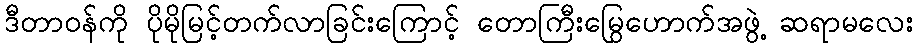
ဒီတာဝန်ကို ပိုမိုမြင့်တက်လာခြင်းကြောင့် တောကြီးမြွေဟောက်အဖွဲ့ ဆရာမလေး